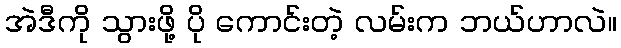
အဲဒီကို သွားဖို့ ပို ကောင်းတဲ့ လမ်းက ဘယ်ဟာလဲ။